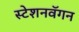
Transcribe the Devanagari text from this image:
स्टेशनवॅगन